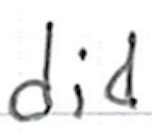
Text: did
Cross-out: clean
Writing tool: ballpoint